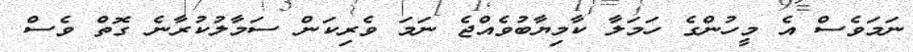
ނަމަވެސް އެ މީހުންގެ ހަމަލާ ކާމިޔާބުވެއްޖެ ނަމަ ވެރިކަން ސަމާލުކުރާނެ ގޮތް ވެސް